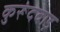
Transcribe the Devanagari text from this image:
कुरूंदवाड़